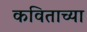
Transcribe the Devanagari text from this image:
कविताच्या